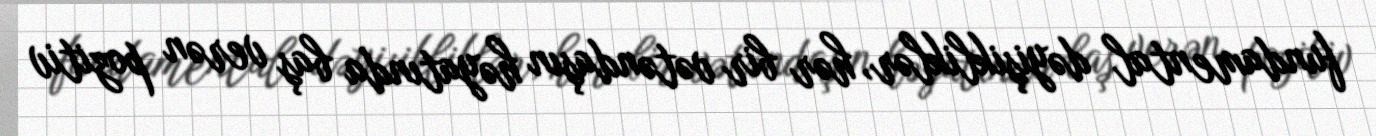
fundamental dəyişikliklər, hər bir vətəndaşın həyatında baş verən pozitiv